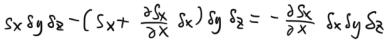
$s_x \delta g_z - \left( s_x + \frac{\partial s_x}{\partial x} \delta x \right) \delta g_z = - \frac{\partial s_x}{\partial x} \delta x \delta g_z$